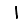
Digit: 1